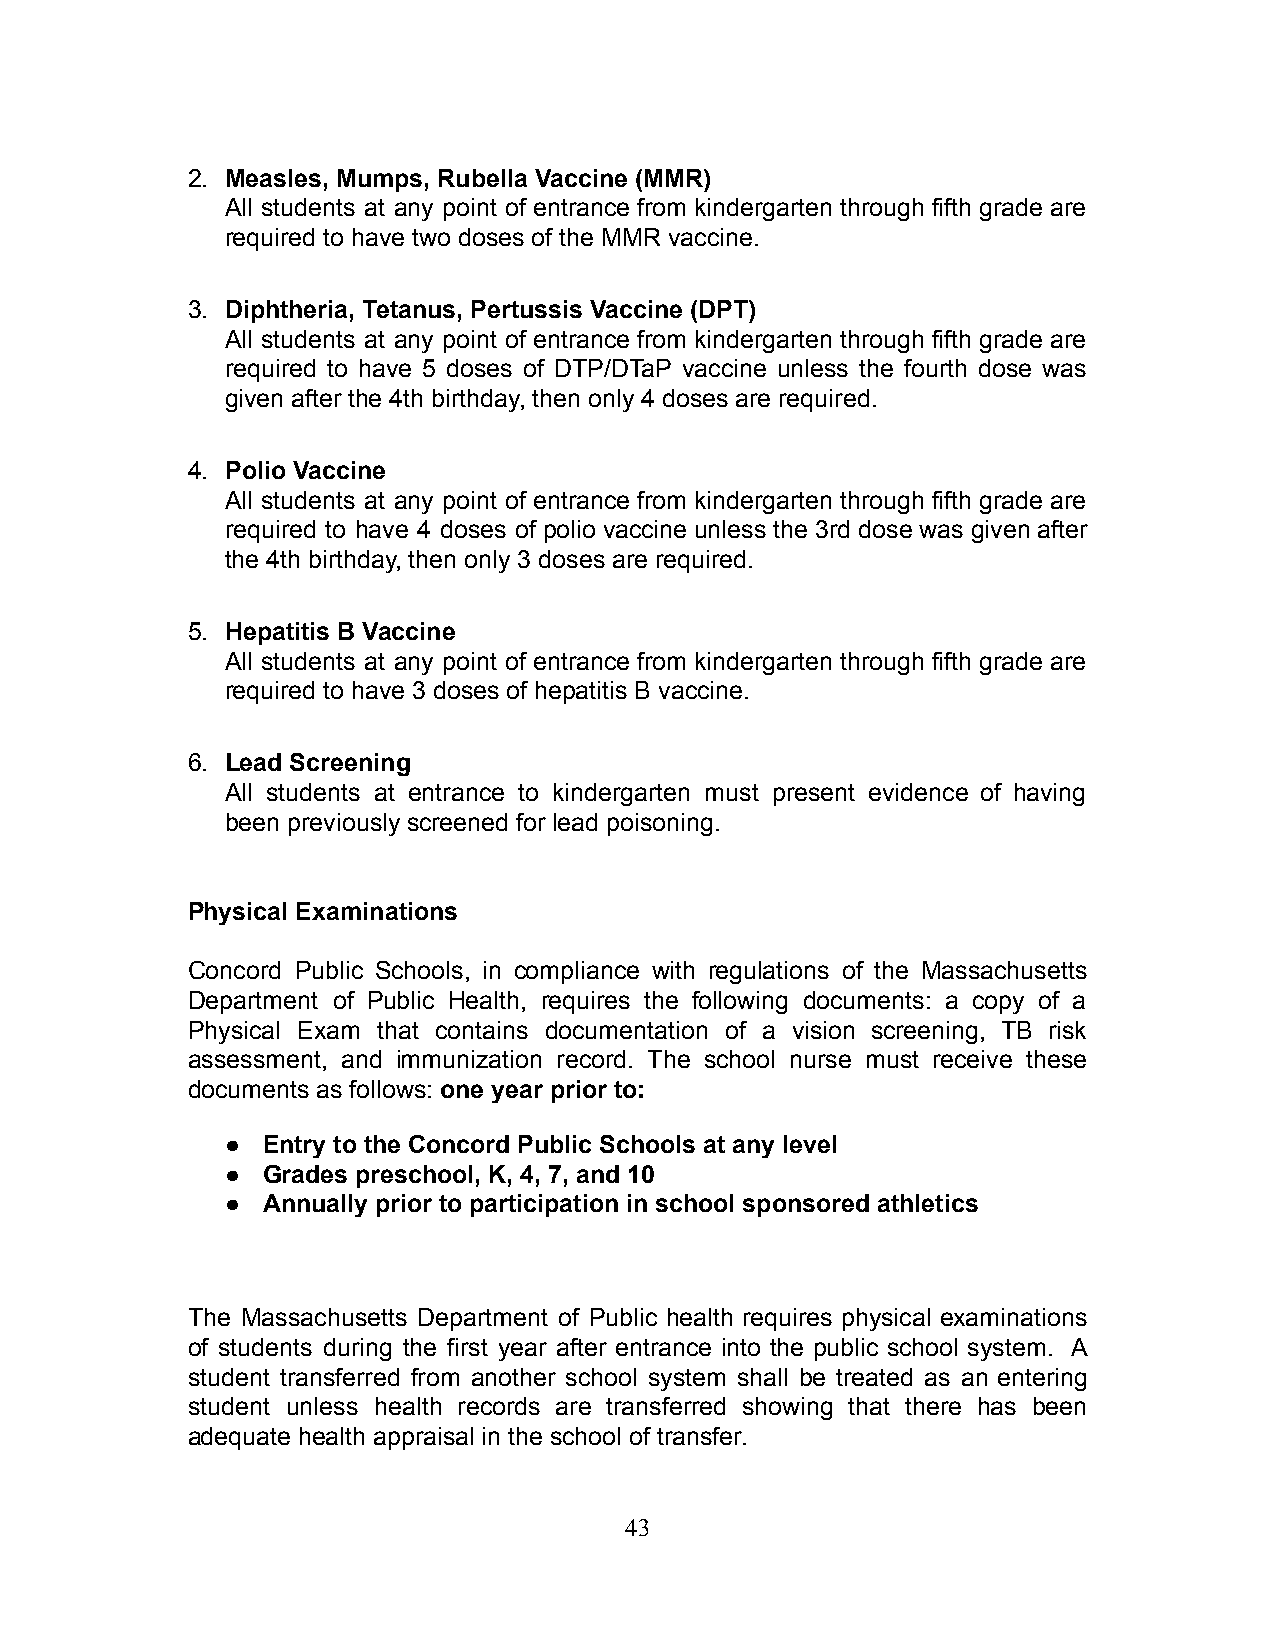
2. Measles, Mumps, Rubella Vaccine (MMR)
 All students at any point of entrance from kindergarten through fifth grade are
 required to have two doses of the MMR vaccine.
 3. Diphtheria, Tetanus, Pertussis Vaccine (DPT)
 All students at any point of entrance from kindergarten through fifth grade are
 required to have 5 doses of DTP/DTaP vaccine unless the fourth dose was
 given after the 4th birthday, then only 4 doses are required.
 4. Polio Vaccine
 All students at any point of entrance from kindergarten through fifth grade are
 required to have 4 doses of polio vaccine unless the 3rd dose was given after
 the 4th birthday, then only 3 doses are required.
 5. Hepatitis B Vaccine
 All students at any point of entrance from kindergarten through fifth grade are
 required to have 3 doses of hepatitis B vaccine.
 6. Lead Screening
 All students at entrance to kindergarten must present evidence of having
 been previously screened for lead poisoning.
 Physical Examinations
 Concord Public Schools, in compliance with regulations of the Massachusetts
 Department of Public Health, requires the following documents: a copy of a
 Physical Exam that contains documentation of a vision screening, TB risk
 assessment, and immunization record. The school nurse must receive these
 documents as follows: one year prior to:
 ● Entry to the Concord Public Schools at any level
 ● Grades preschool, K, 4, 7, and 10
 ● Annually prior to participation in school sponsored athletics
 The Massachusetts Department of Public health requires physical examinations
 of students during the first year after entrance into the public school system. A
 student transferred from another school system shall be treated as an entering
 student unless health records are transferred showing that there has been
 adequate health appraisal in the school of transfer.
 43